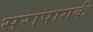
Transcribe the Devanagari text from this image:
सरापागर्क